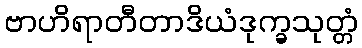
ဗာဟိရာတီတာဒိယံဒုက္ခသုတ္တံ